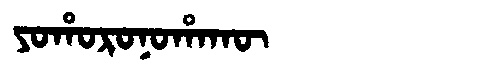
Manchu: ᠶᠣᡥᠣᡵᠣᠨᠣᡥᠠᡴᡡ
Romanization: YOHORONOHAKŪ